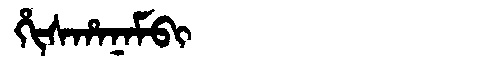
Manchu: ᡥᡳᠰᡥᠠᠨᠠᠮᠪᡳ
Romanization: HISHANAMBI